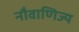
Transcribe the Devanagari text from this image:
नौवाणिज्य